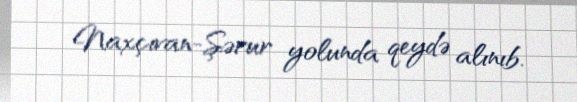
Naxçıvan-Şərur yolunda qeydə alınıb.